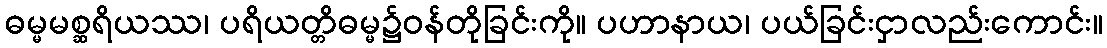
ဓမ္မမစ္ဆရိယဿ၊ ပရိယတ္တိဓမ္မ၌ဝန်တိုခြင်းကို။ ပဟာနာယ၊ ပယ်ခြင်းငှာလည်းကောင်း။